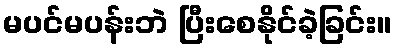
မပင်မပန်းဘဲ ပြီးစေနိုင်ခဲ့ခြင်း။